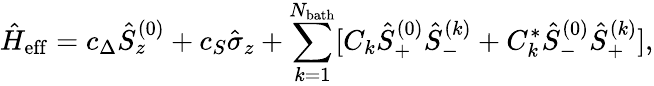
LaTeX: \hat{H}_{\mathrm{eff}}=c_{\Delta}\hat{S}_{z}^{(0)}+c_{S}\hat{\sigma}_{z}+\sum_{k=1}^{N_{\mathrm{bath}}}[C_{k}\hat{S}_{+}^{(0)}\hat{S}_{-}^{(k)}+C_{k}^{*}\hat{S}_{-}^{(0)}\hat{S}_{+}^{(k)}],